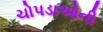
ચોપડાઓની